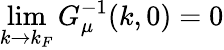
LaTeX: \operatorname*{lim}_{k\to k_{F}}G_{\mu}^{-1}(k,0)=0